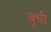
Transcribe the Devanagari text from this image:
वृची